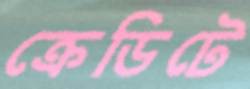
ক্রেডিটে